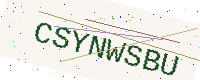
Text: CSYNWSBU